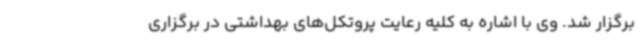
برگزار شد. وی با اشاره به کلیه رعایت پروتکل‌های بهداشتی در برگزاری